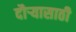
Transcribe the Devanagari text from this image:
दौऱ्यासाठी